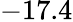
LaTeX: -17.4